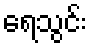
ရေသွင်း